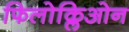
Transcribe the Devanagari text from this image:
फिलोक्लिओन